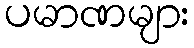
ပမာဏများ